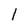
Character: 1